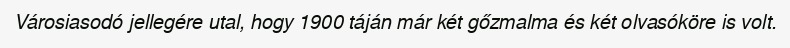
Városiasodó jellegére utal, hogy 1900 táján már két gőzmalma és két olvasóköre is volt.